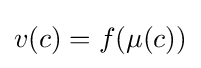
v(c)=f(\mu (c))